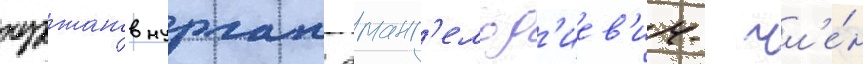
нуржанов нурлан аманг'ельд'иев'ич- чл'е́н